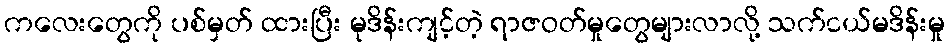
ကလေးတွေကို ပစ်မှတ် ထားပြီး မုဒိန်းကျင့်တဲ့ ရာဇဝတ်မှုတွေများလာလို့ သက်ငယ်မဒိန်းမှု